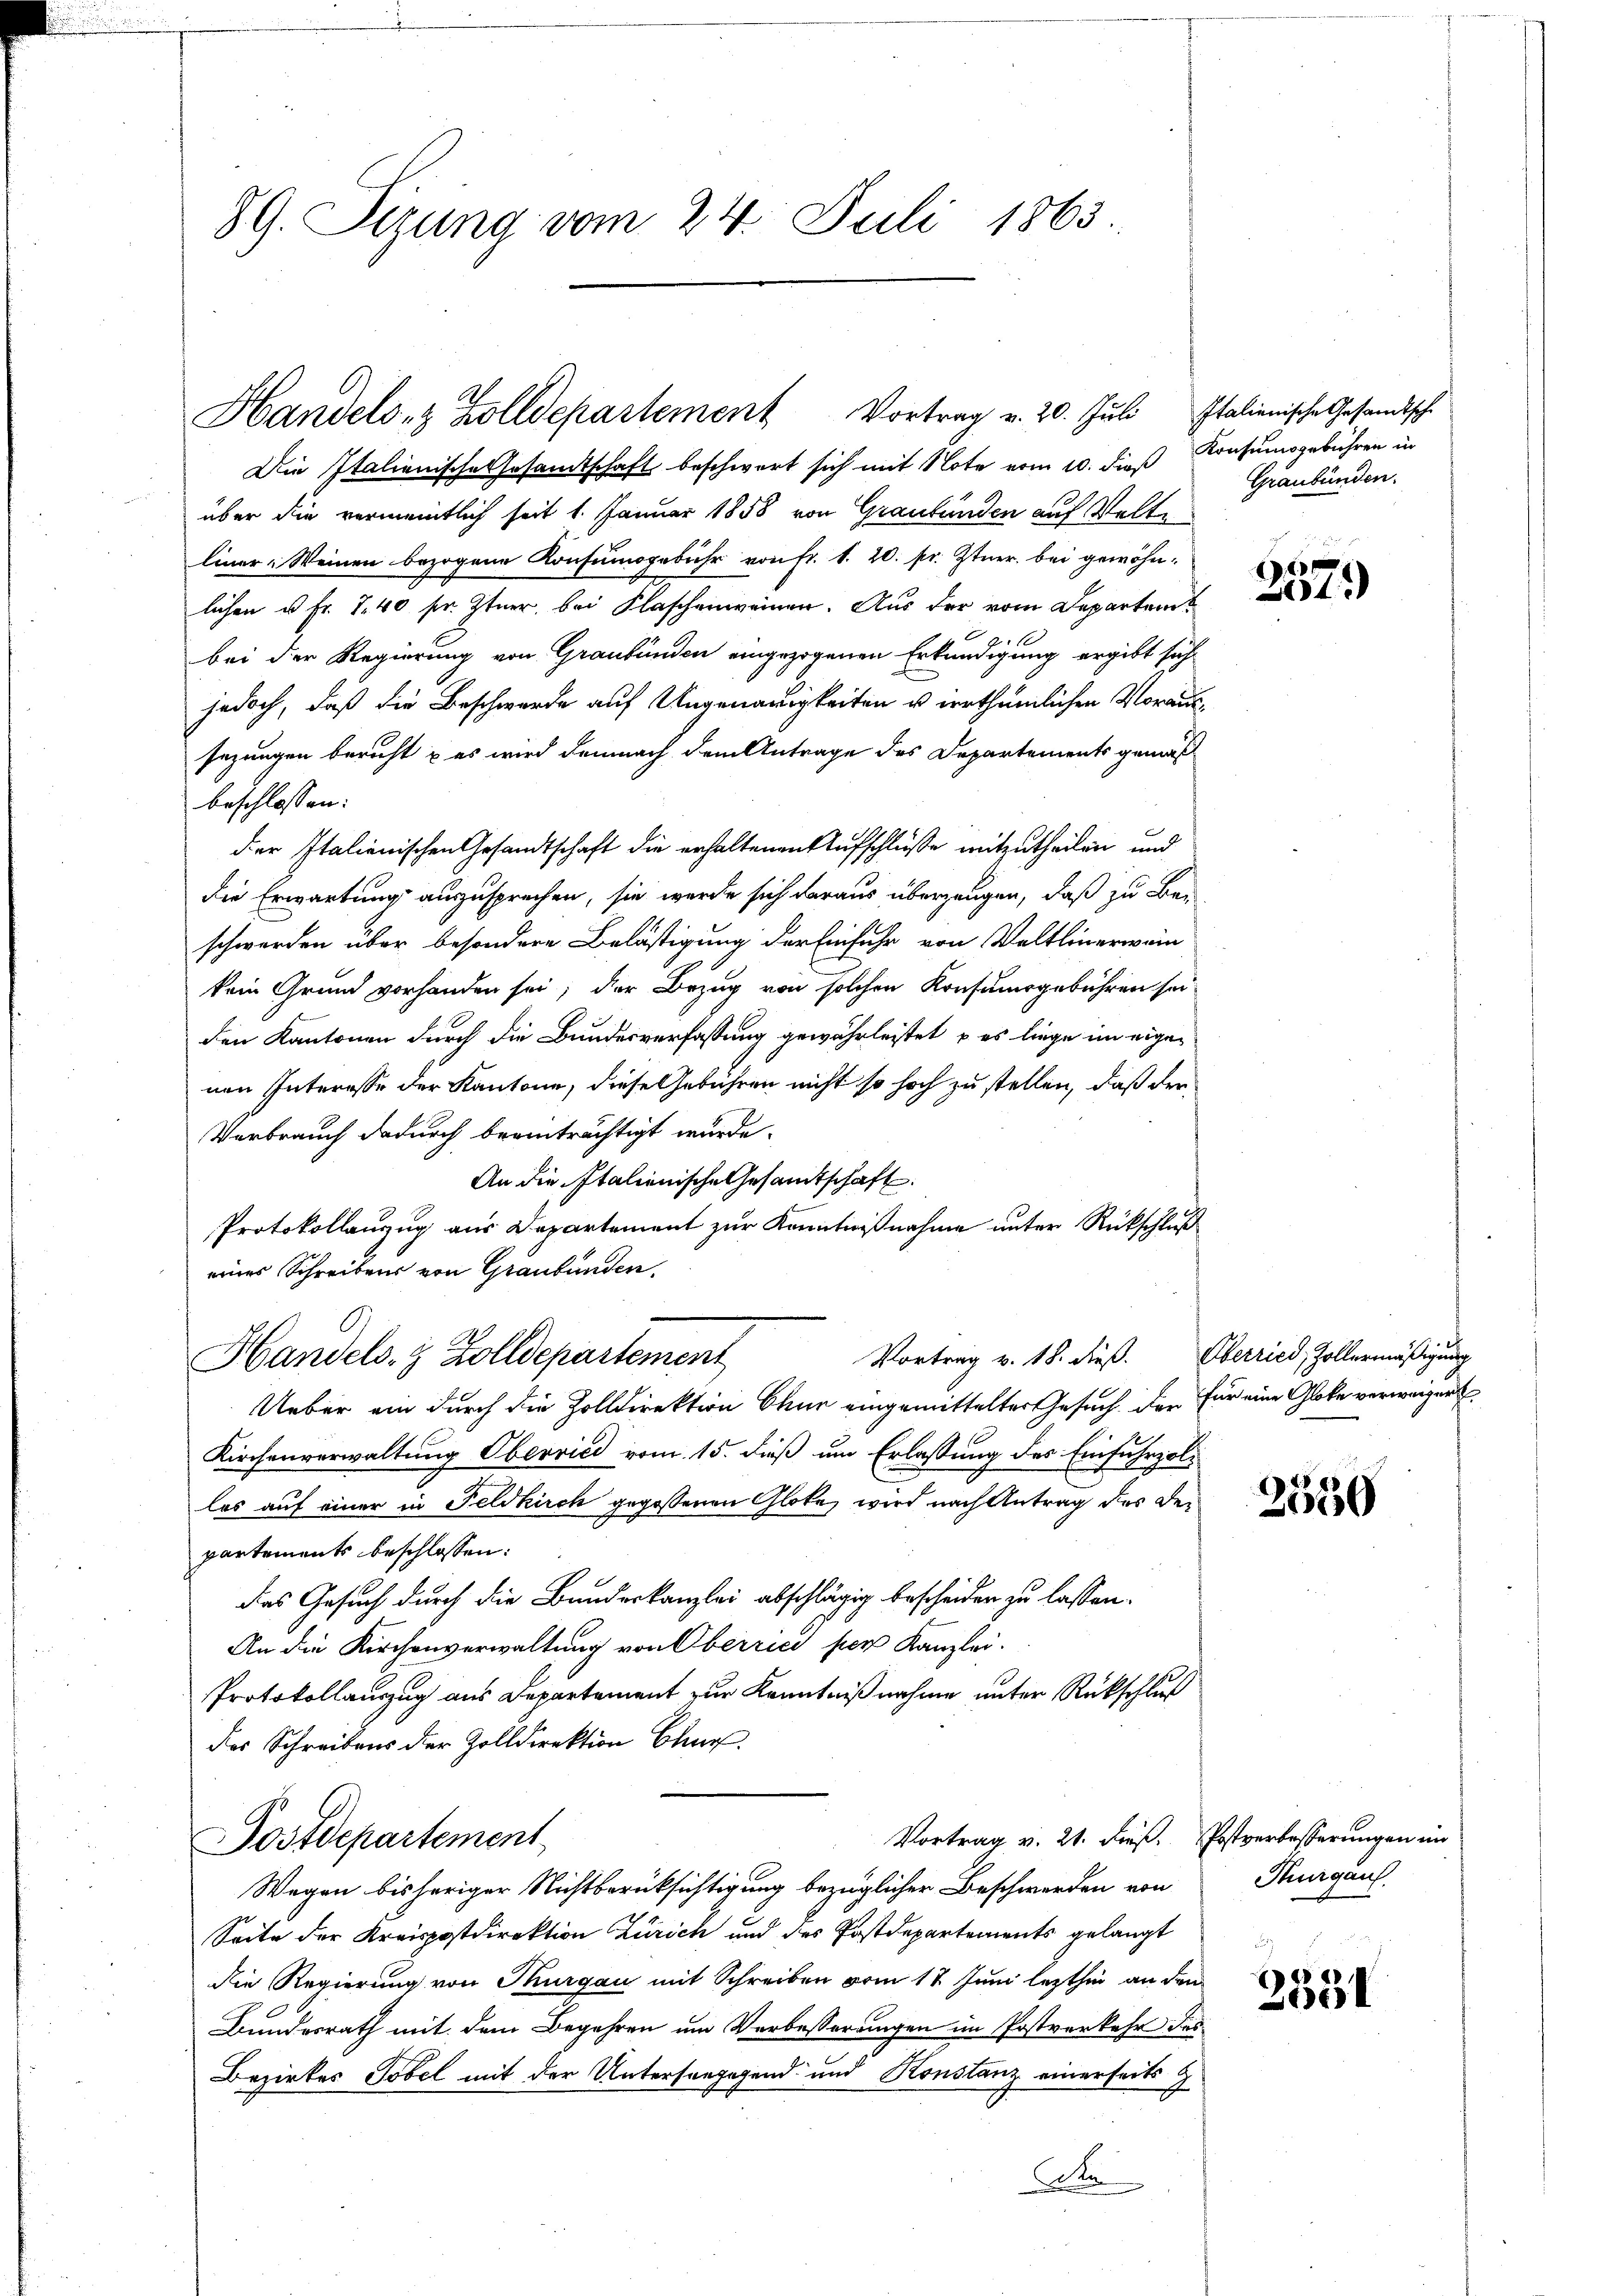
89. Sizung vom 24. Juli 1863.

Die Italienische Gesamtschaft beschwert sich mit Note vom 10. dieß Konsumsgebühren in
über die vermeintlich seit 1. Januar 1858 von Graubünden auf Velte
liner Weinen bezogene Konsumsgebühr von Fr. 1. 20. pr. Ztner bei gewöhnlichen u Fr. 740 sr. Ztner, bei Flaschenweinen. Aus der vom Departem
2
bei der Regierung von Graubünden eingezogenen Erkundigung ergibt sich
jedoch, daß die Beschwerde auf Ungenauigkeiten u erthümlichen Voraussezungen berecht & es wird demnach dem Antrage des Departements gemäß
beschlossen:
der Italienischen Gesandtschaft die erhaltenen Aufschlüße mitzutheilen und
die Erwartung auszusprechen, sie werde sich daraus überzeugen, daß zu Be-
schwerden über besondere Belästigung der Einfuhr von Veltlinerwein
kein Grund vorhanden sei; der Bezug von solchen Konsumsgebühren sei
den Kantonen durch die Bundesverfassung gewährleistet, u es liege im eigenen Interesse der Kantone, diese Gebühren nicht so hoch zu stellen, daß der
Verbrauch dadurch beeinträchtigt wurde.
An die Italienische Gesamtschaft
Protokollanzug aus Departement zur Kenntnißnahme unter Rückschluß
eines Schreibens von Graubünden.
Handels- & Zolldepartement
Ueber ein durch die Zolldirektion Chur eingemittelter Gesuch. Der für eine Gloke verweigen
Kirchenverwaltung Oberried vom 15. dieß um Erlassung des Einfuhrzollos auf einer in Feldkirch gegossenen Gloke wird nach Antrag des Departements beschlossen:
das Gesuch durch die Bundeskanzlei abschlägig bescheiden zu lassen.
An die Kirchenverwaltung von Oberrici per Kanzlei.
Protokollauszug aus Departement zur Kenntnißnahme unter Rückschluß
des Schreibens der Zolldirektion Chur
Vortrag v. 21. dieß. Postverbesserungen im
Postdepartement
Wegen bisheriger Nichtberücksichtigung bezüglicher Beschwerden von
Seite der Kreispostdirektion Zürich und des Postdepartements gelangt
die Regierung von Thurgau mit Schreiben vom 17. Juni lezthin an den
Bundesrath mit dem Begehren um Verbesserungen im Postverkehr das
Bezirkes Tobel mit der Untersorgegend und Konstanz einerseits
A

Handels- & Zolldepartement Vortrag v. 20. Juli Italienische Gesandtsch-

Graubünden.

Vortrag v. 18. dieß. Oberried, Zollermäßigung

e
4

2530

Thurgau.

e
06) I